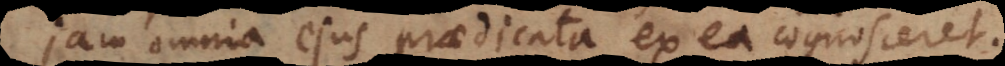
jam omnia ejus praedicata ex ea cognosceret.